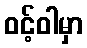
ဝင့်ဝါမှာ